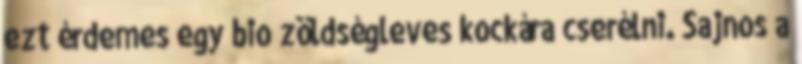
ezt érdemes egy bio zöldségleves kockára cserélni. Sajnos a